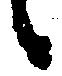
々